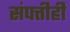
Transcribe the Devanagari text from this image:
संपत्तीही